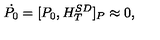
\dot { P _ { 0 } } = [ P _ { 0 } , H _ { T } ^ { S D } ] _ { P } \approx 0 ,